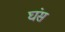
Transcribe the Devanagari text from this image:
घंस